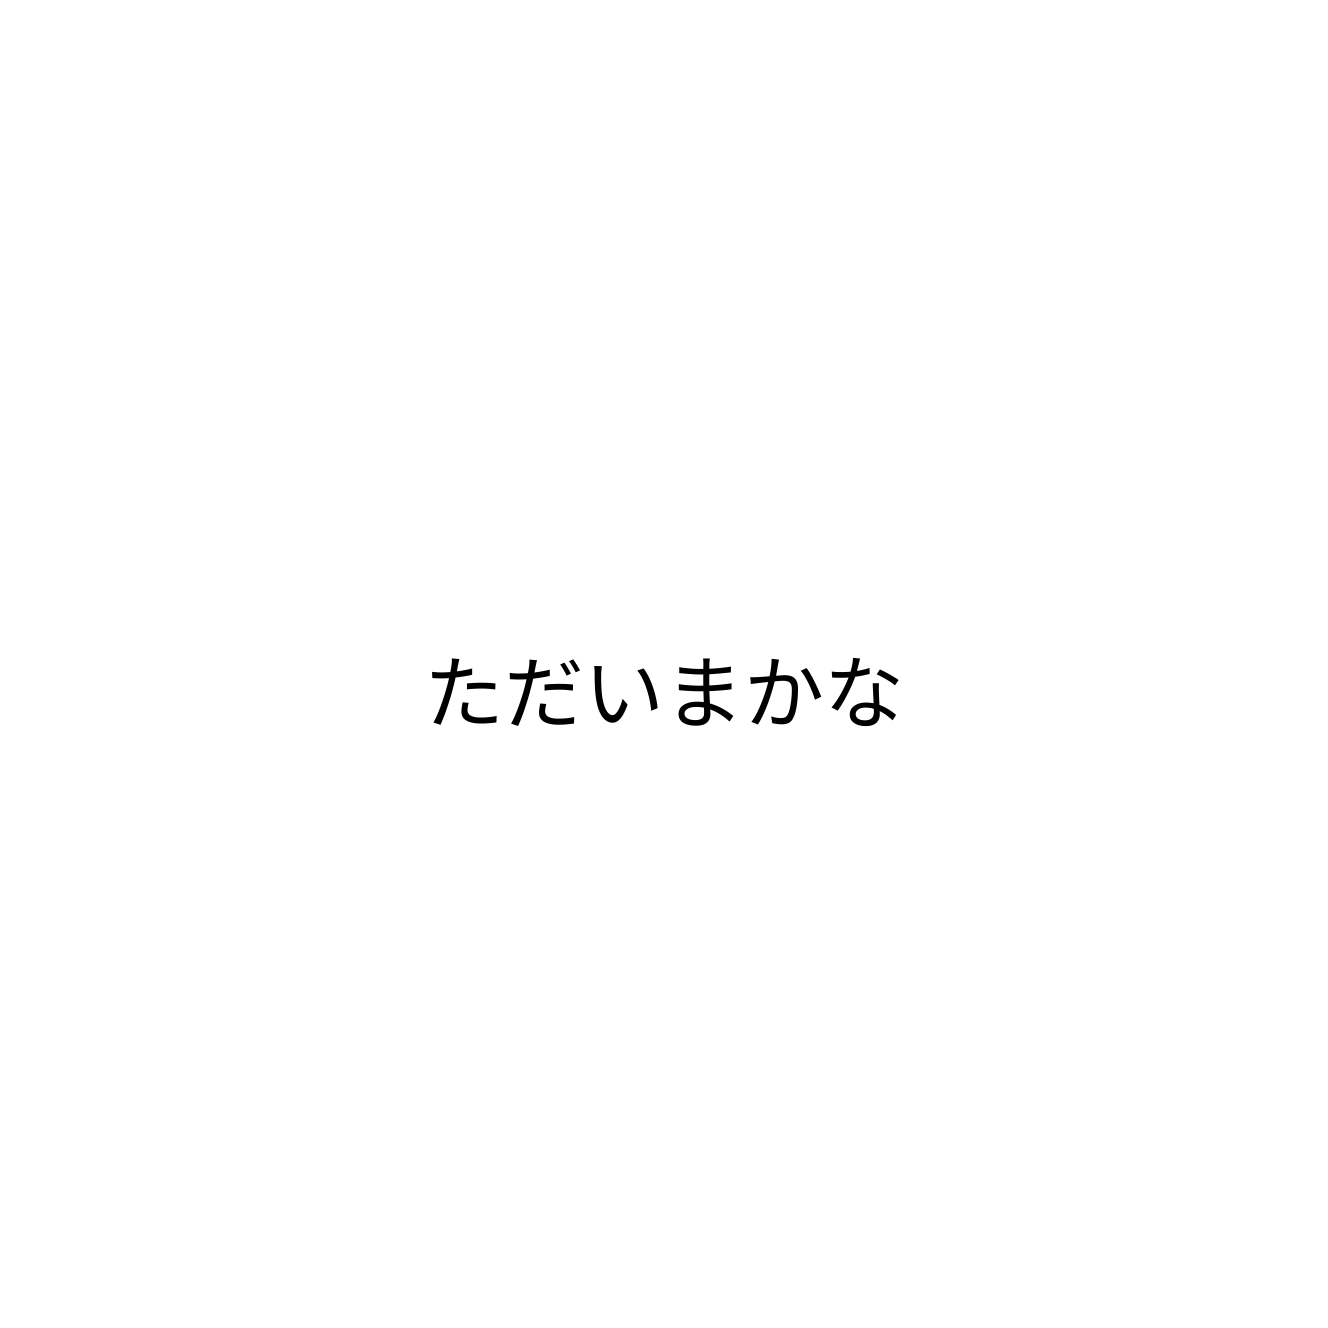
ただいまかな